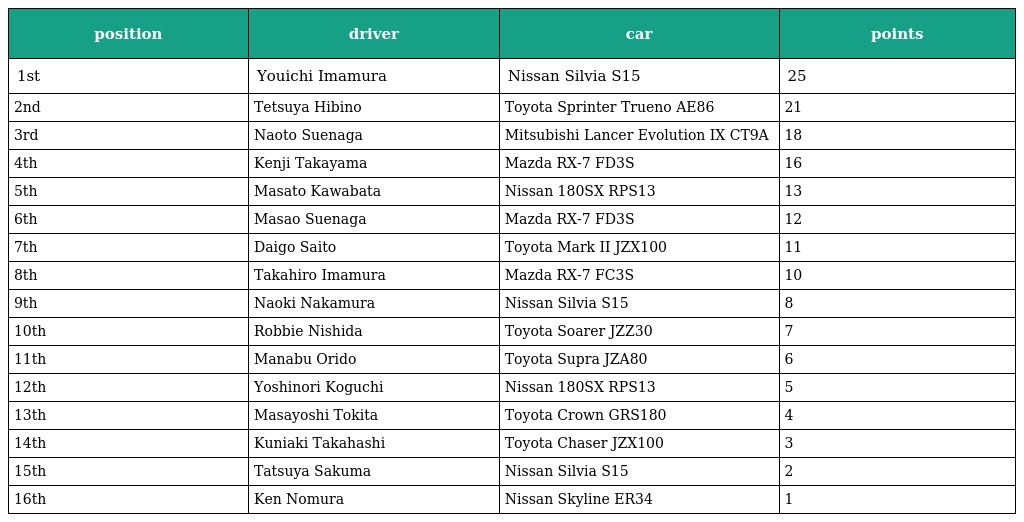
| position | driver | car | points |
 | --- | --- | --- | --- |
 | 1st | Youichi Imamura | Nissan Silvia S15 | 25 |
 | 2nd | Tetsuya Hibino | Toyota Sprinter Trueno AE86 | 21 |
 | 3rd | Naoto Suenaga | Mitsubishi Lancer Evolution IX CT9A | 18 |
 | 4th | Kenji Takayama | Mazda RX-7 FD3S | 16 |
 | 5th | Masato Kawabata | Nissan 180SX RPS13 | 13 |
 | 6th | Masao Suenaga | Mazda RX-7 FD3S | 12 |
 | 7th | Daigo Saito | Toyota Mark II JZX100 | 11 |
 | 8th | Takahiro Imamura | Mazda RX-7 FC3S | 10 |
 | 9th | Naoki Nakamura | Nissan Silvia S15 | 8 |
 | 10th | Robbie Nishida | Toyota Soarer JZZ30 | 7 |
 | 11th | Manabu Orido | Toyota Supra JZA80 | 6 |
 | 12th | Yoshinori Koguchi | Nissan 180SX RPS13 | 5 |
 | 13th | Masayoshi Tokita | Toyota Crown GRS180 | 4 |
 | 14th | Kuniaki Takahashi | Toyota Chaser JZX100 | 3 |
 | 15th | Tatsuya Sakuma | Nissan Silvia S15 | 2 |
 | 16th | Ken Nomura | Nissan Skyline ER34 | 1 |